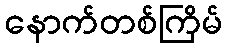
နောက်တစ်ကြိမ်